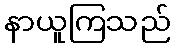
နာယူကြသည်